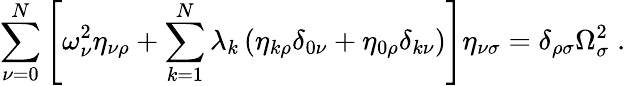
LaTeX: \sum_{\nu=0}^{N}\left[\omega_{\nu}^{2}\eta_{\nu\rho}+\sum_{k=1}^{N}\lambda_{k}\left(\eta_{k\rho}\delta_{0\nu}+\eta_{0\rho}\delta_{k\nu}\right)\right]\eta_{\nu\sigma}=\delta_{\rho\sigma}\Omega_{\sigma}^{2}\; .